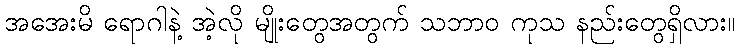
အအေးမိ ရောဂါနဲ့ အဲ့လို မျိုးတွေအတွက် သဘာဝ ကုသ နည်းတွေရှိလား။